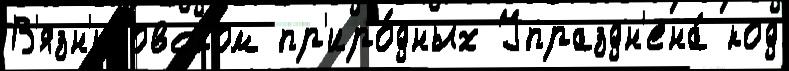
В'язн'иковском пр'иро́дных Упраздн'ена́ код